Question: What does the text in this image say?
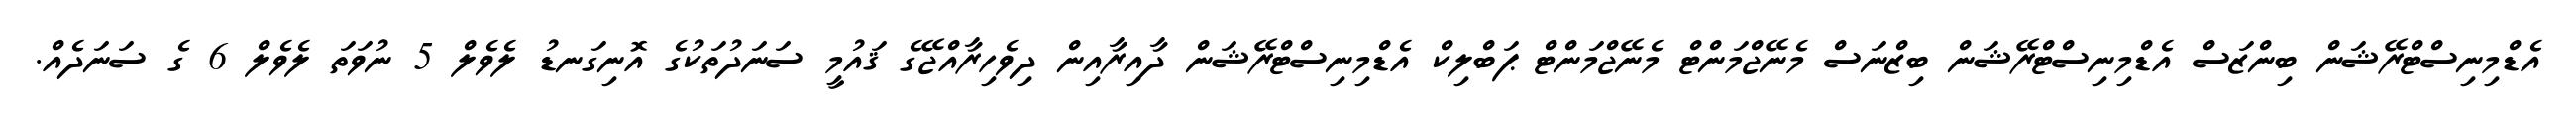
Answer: އެޑްމިނިސްޓްރޭޝަން ބިންޒަސް އެޑްމިނިސްޓްރޭޝަން ބިޒްނަސް މެނޭޖްމަންޓް މެނޭޖްމަންޓް ޕަބްލިކް އެޑްމިނިސްޓްރޭޝަން ދާއިރާއިން ދިވެހިރާއްޖޭގެ ޤައުމީ ސަނަދުތަކުގެ އޮނިގަނޑު ލެވެލް 5 ނުވަތަ ލެވެލް 6 ގެ ސަނަދެއް.